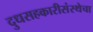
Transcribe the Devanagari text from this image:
दुधसहकारीसंस्थेचा